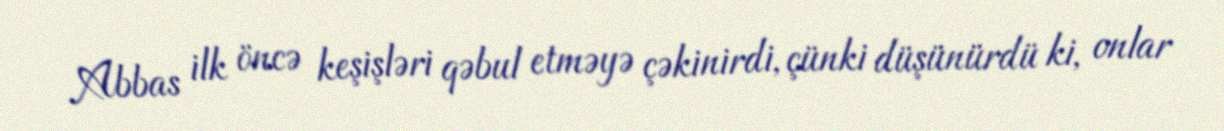
Abbas ilk öncə keşişləri qəbul etməyə çəkinirdi, çünki düşünürdü ki, onlar